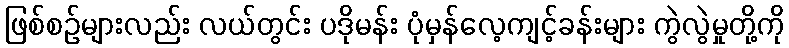
ဖြစ်စဉ်များလည်း လယ်တွင်း ပဒိုမန်း ပုံမှန်လေ့ကျင့်ခန်းများ ကွဲလွဲမှုတို့ကို